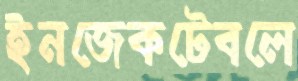
ইনজেকটেবলে